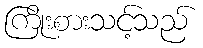
ကြိုးစားသင့်သည်